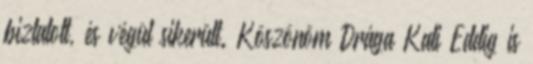
biztatott, és végül sikerült. Köszönöm Drága Kati Eddig is